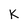
Character: K